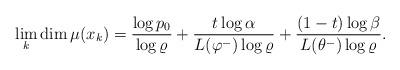
LaTeX: \begin{align*}\lim_{k}\dim \mu (x_{k})=\frac{\log p_{0}}{\log \varrho }+\frac{t\log \alpha }{L(\varphi ^{-})\log \varrho }+\frac{(1-t)\log \beta }{L(\theta ^{-})\log\varrho }. \end{align*}